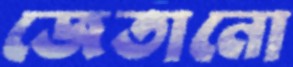
জেতানো